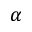
\alpha